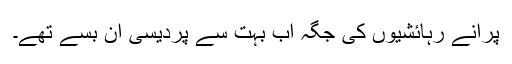
پرانے رہائشیوں کی جگہ اب بہت سے پردیسی آن بسے تھے۔